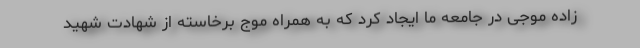
زاده موجی در جامعه ما ایجاد کرد که به همراه موج برخاسته از شهادت شهید